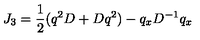
J _ { 3 } = \frac { 1 } { 2 } ( q ^ { 2 } D + D q ^ { 2 } ) - q _ { x } D ^ { - 1 } q _ { x }